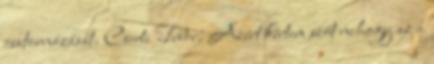
csatornázását. Cserti Tibor: Azért kértem szót nehogy az a